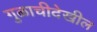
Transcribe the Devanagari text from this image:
गुळाचीदेखील